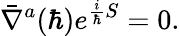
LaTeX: \bar{\nabla}^{a}(\hbar)e^{{\frac{i}{\hbar}}S}=0.